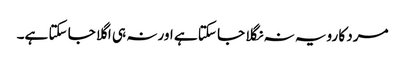
مرد کا رویہ نہ نگلا جا سکتا ہے اور نہ ہی اگلا جا سکتا ہے۔